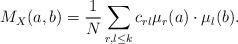
LaTeX: \begin{align*}M_X(a,b) = \frac{1}{N} \sum_{r,l \leq k} c_{rl} \mu_r(a) \cdot \mu_l(b).\end{align*}